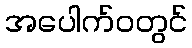
အပေါက်ဝတွင်